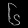
Digit: ၆